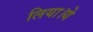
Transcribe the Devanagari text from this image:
लिया।ये